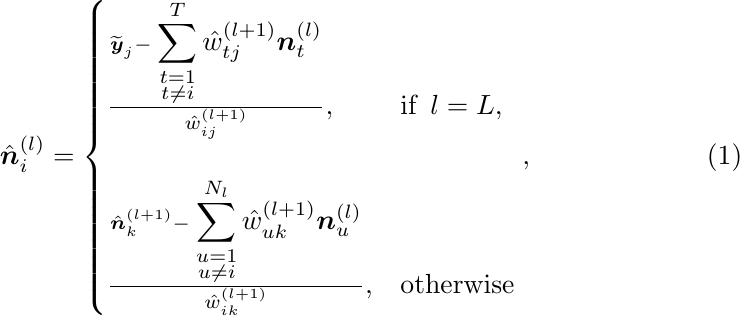
\begin{equation}
\hat{\boldsymbol{n}}_{i}^{(l)} =
\begin{cases}
\frac{\widetilde{\boldsymbol{y}}_j - \displaystyle\sum_{\substack{t=1\\t\neq i}}^T \hat{w}_{tj}^{(l+1)} \boldsymbol{n}_{t}^{(l)}}{\hat{w}_{ij}^{(l+1)}}, & \text{if} \,\,\, l = L,\\
\\
\frac{\hat{\boldsymbol{n}}_{k}^{(l+1)} - \displaystyle\sum_{\substack{u=1\\u\neq i}}^{N_l} \hat{w}_{uk}^{(l+1)} \boldsymbol{n}_{u}^{(l)}}{\hat{w}_{ik}^{(l+1)}}, & \text{otherwise}
\end{cases},
\label{eq:neuron_upd}
\end{equation}